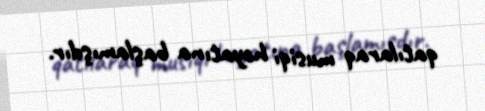
qatılaraq musiqi həyatına başlamışdır.